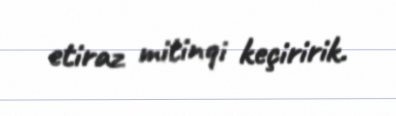
etiraz mitinqi keçiririk.